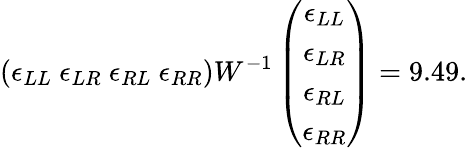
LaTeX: \left(\epsilon_{LL}\ \epsilon_{LR}\ \epsilon_{RL}\ \epsilon_{RR}\right)W^{-1}\left(\begin{array}{c}{{\epsilon_{LL}}}\\ {{\epsilon_{LR}}}\\ {{\epsilon_{RL}}}\\ {{\epsilon_{RR}}}\end{array}\right)=9.49.